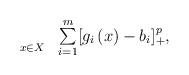
LaTeX: \begin{align*}\begin{array}{ll}\underset{x\in X}{} & \sum\limits_{i=1}^{m}[g_{i}\left( x\right) -b_{i}]_{+}^{p},\end{array}\end{align*}